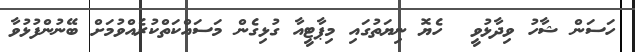
ހަސަން ޝާހު ވިދާޅުވީ  ހެޔޮ ނިޔަތުގައި މިޕާޓީއާ ގުޅިގެން މަސައްކަތްކުރެއްވުމަށް ބޭނުންފުޅުވާ